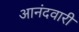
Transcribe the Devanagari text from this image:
आनंदवारी